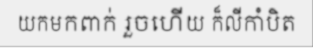
យកមកពាក់ រួចហើយ ក៏លីកាំបិត